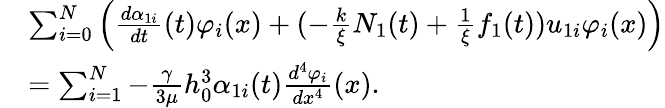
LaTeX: \begin{array}{rl}&{\sum_{i=0}^{N}\left(\frac{d\alpha_{1i}}{dt}(t)\varphi_{i}(x)+(-\frac{k}{\xi}N_{1}(t)+\frac{1}{\xi}f_{1}(t))u_{1i}\varphi_{i}(x)\right)}\\ &{=\sum_{i=1}^{N}-\frac{\gamma}{3\mu}h_{0}^{3}\alpha_{1i}(t)\frac{d^{4}\varphi_{i}}{dx^{4}}(x).}\end{array}